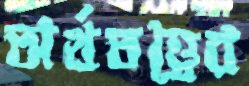
অর্থতত্ত্বের